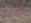
أخرى